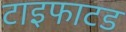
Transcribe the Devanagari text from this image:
टाइफाटड